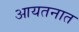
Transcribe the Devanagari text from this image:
आयतनात